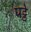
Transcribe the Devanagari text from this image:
पट्ठे